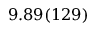
9 . 8 9 ( 1 2 9 )